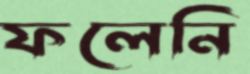
ফলেনি